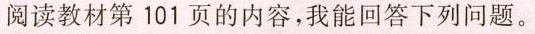
阅读教材第101页的内容，我能回答下列问题。